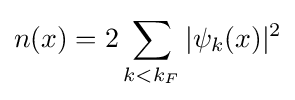
n(x)=2\sum _{k<k_{F}}|\psi _{k}(x)|^{2}